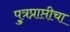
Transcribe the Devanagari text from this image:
पु्त्रप्राप्तीचा